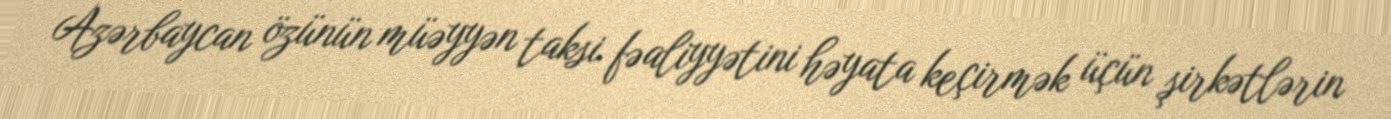
Azərbaycan özünün müəyyən taksi fəaliyyətini həyata keçirmək üçün şirkətlərin